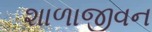
શાળાજીવન